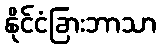
နိုင်ငံခြားဘာသာ